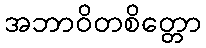
အဘာဝိတစိတ္တော